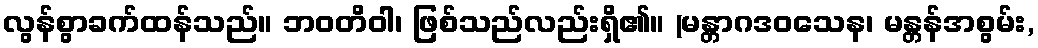
လွန်စွာခက်ထန်သည်။ ဘဝတိဝါ၊ ဖြစ်သည်လည်းရှိ၏။ (မန္တာဂဒဝသေန၊ မန္တန်အစွမ်း,